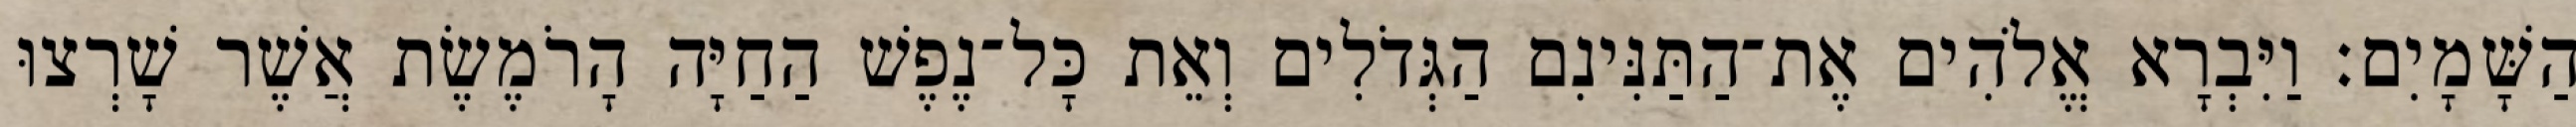
הַשָּׁמָיִם׃ וַיִּבְרָא אֱלֹהִים אֶת־הַתַּנִּינִם הַגְּדֹלִים וְאֵת כָּל־נֶפֶשׁ הַחַיָּה הָרֹמֶשֶׂת אֲשֶׁר שָׁרְצוּ